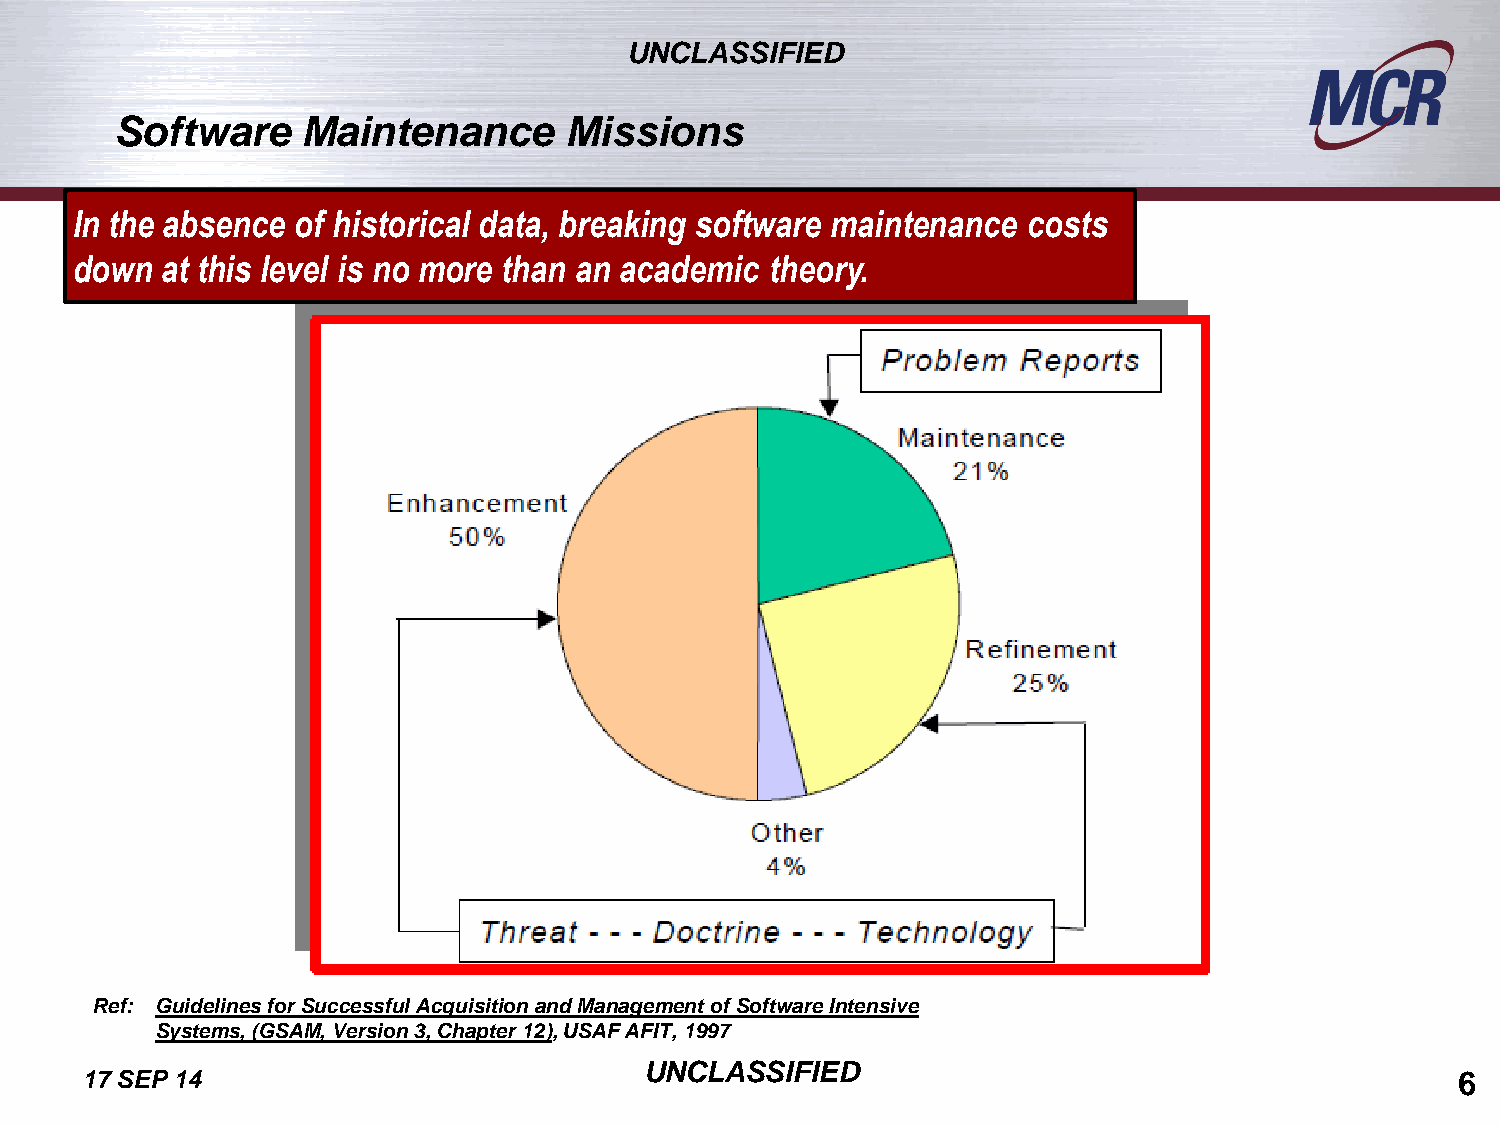
UNCLASSIFIED
 Software    Maintenance      Missions
 In the absence of historical data, breaking software maintenance costs
 down  at this level is no more than an academic theory.
 Ref: Guidelines for Successful Acquisition and Management of Software Intensive
 Systems, (GSAM, Version 3, Chapter 12), USAF AFIT, 1997
 UNCLASSIFIED
 17 SEP 14                                                                                   6